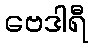
ဗေဒါရီ